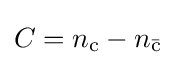
C=n_{\text{c}}-n_{\mathrm {\bar {c}} }\